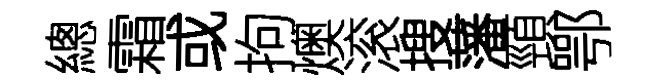
總霜或拘燠滚搜藩頸鄂